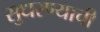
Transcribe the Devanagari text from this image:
सुधरण्याची